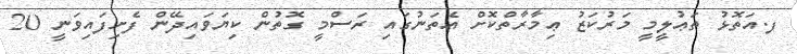
ފ.އަތޮޅު ތަޢުލީމީ މަރުކަޒު ޢިމާރާތްކޮށް އެތަނުގައި ރަސްމީ ގޮތުން ކިޔަވައިދޭން ފެށިފައިވަނީ 20